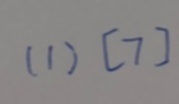
( 1 ) [ 7 ]